Annual vaccination report of Bihar and Orissa - 1911-1928
Year: 1911
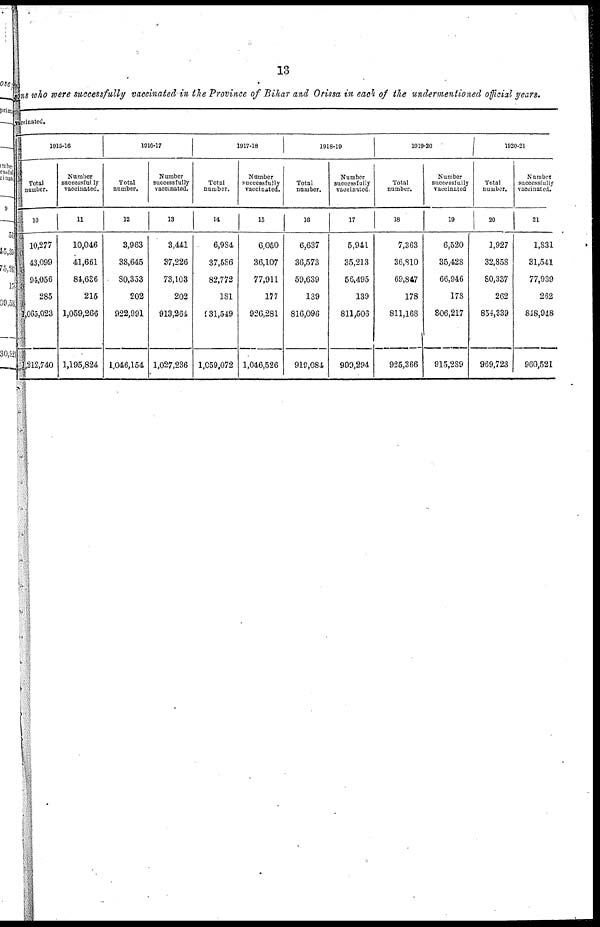
13
sons who were successfully vaccinated in the Province of Bihar and Orissa in each of the undermentioned official years.
Vaccinated.
1915-16
Total
number.
10
10,277
43,099
94,056
285
1,065,023
1,212,740
Number
successfully
vaccinated.
11
10,046
41,661
84,636
215
1,059,266
1,195,824
1916-17
Total
number.
12
3,963
38,645
80,353
202
922,991
1,046,154
Number
successfully
vaccinated.
13
3,441
37,226
73,103
202
913,264
1,027,236
1917-18
Total
number.
14
6,984
37,586
82,772
181
931,549
1,059,072
Number
successfully
vaccinated.
15
6,050
36,107
77,911
177
926,281
1,046,526
1918-19
Total
number.
16
6,637
36,573
59,639
139
816,096
919,084
Number
successfully
vaccinated.
17
5,941
35,213
56,495
139
811,506
909,294
1919-20
Total
number.
18
7,363
36,810
69,847
178
811,168
925,366
Number
successfully
vaccinated
19
6,520
35,428
66,946
178
806,217
915,289
1920-21
Total
number.
20
1,927
32,858
80,337
262
854,339
969,723
Number
successfully
vaccinated.
21
1,831
31,541
77,939
262
848,948
960,521